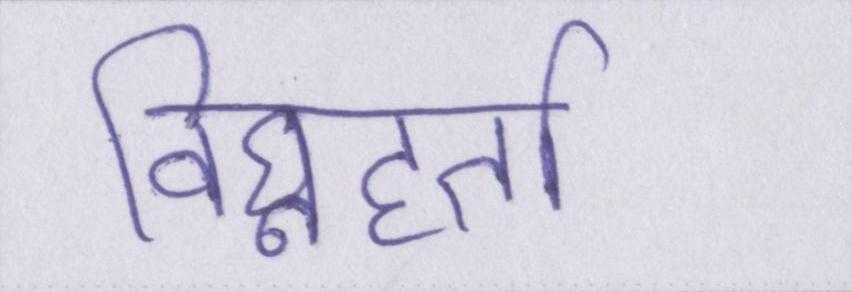
विघ्नहर्ता